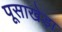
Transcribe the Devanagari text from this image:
पूसाखेड़ा